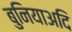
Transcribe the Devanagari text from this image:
बुनियाअदि